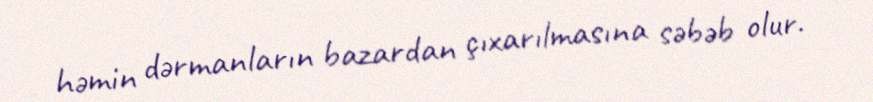
həmin dərmanların bazardan çıxarılmasına səbəb olur.